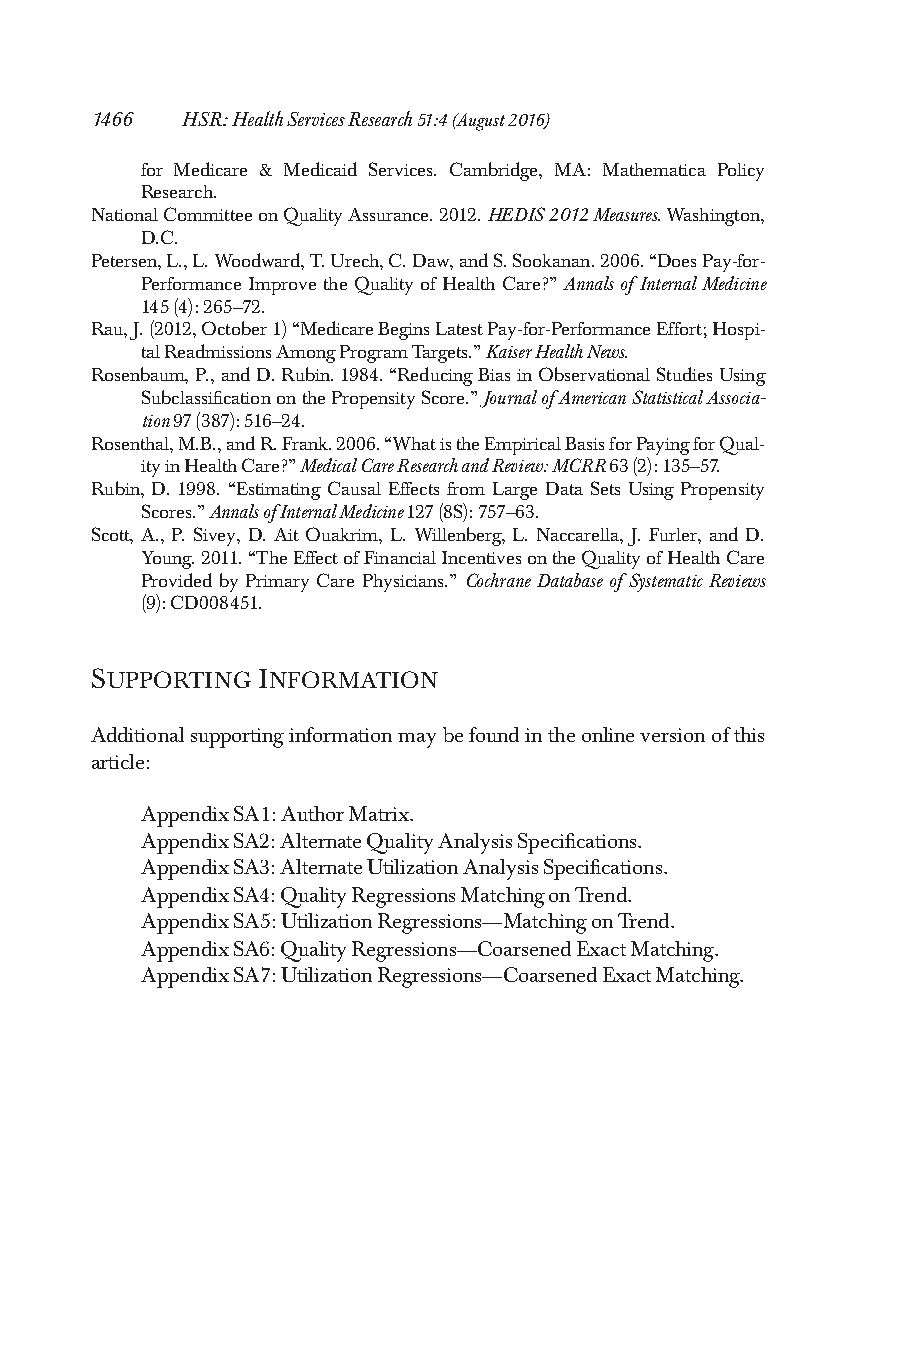
1466  HSR:HealthServicesResearch51:4(August2016)
 for Medicare & Medicaid Services. Cambridge, MA: Mathematica Policy
 Research.
 NationalCommitteeonQualityAssurance.2012.HEDIS2012Measures.Washington,
 D.C.
 Petersen,L.,L.Woodward,T.Urech,C.Daw,andS.Sookanan.2006.“DoesPay-for-
 Performance Improve the Quality of Health Care?” Annals of Internal Medicine
 145(4):265–72.
 Rau,J.(2012,October1)“MedicareBeginsLatestPay-for-PerformanceEffort;Hospi-
 talReadmissionsAmongProgramTargets.”KaiserHealthNews.
 Rosenbaum,P.,andD.Rubin.1984.“ReducingBiasinObservationalStudiesUsing
 SubclassificationonthePropensityScore.”JournalofAmericanStatisticalAssocia-
 tion97(387):516–24.
 Rosenthal,M.B.,andR.Frank.2006.“WhatistheEmpiricalBasisforPayingforQual-
 ityinHealthCare?”MedicalCareResearchandReview:MCRR63(2):135–57.
 Rubin, D.1998. “Estimating Causal Effects from Large Data Sets Using Propensity
 Scores.”AnnalsofInternalMedicine127(8S):757–63.
 Scott, A., P. Sivey, D. Ait Ouakrim, L. Willenberg, L. Naccarella, J. Furler, and D.
 Young.2011.“TheEffectofFinancialIncentivesontheQualityofHealthCare
 Provided by Primary Care Physicians.” Cochrane Database of Systematic Reviews
 (9):CD008451.
 SUPPORTING INFORMATION
 Additionalsupportinginformationmaybefoundintheonlineversionofthis
 article:
 AppendixSA1:AuthorMatrix.
 AppendixSA2:AlternateQualityAnalysisSpecifications.
 AppendixSA3:AlternateUtilizationAnalysisSpecifications.
 AppendixSA4:QualityRegressionsMatchingonTrend.
 AppendixSA5:UtilizationRegressions—MatchingonTrend.
 AppendixSA6:QualityRegressions—CoarsenedExactMatching.
 AppendixSA7:UtilizationRegressions—CoarsenedExactMatching.